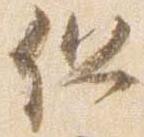
但